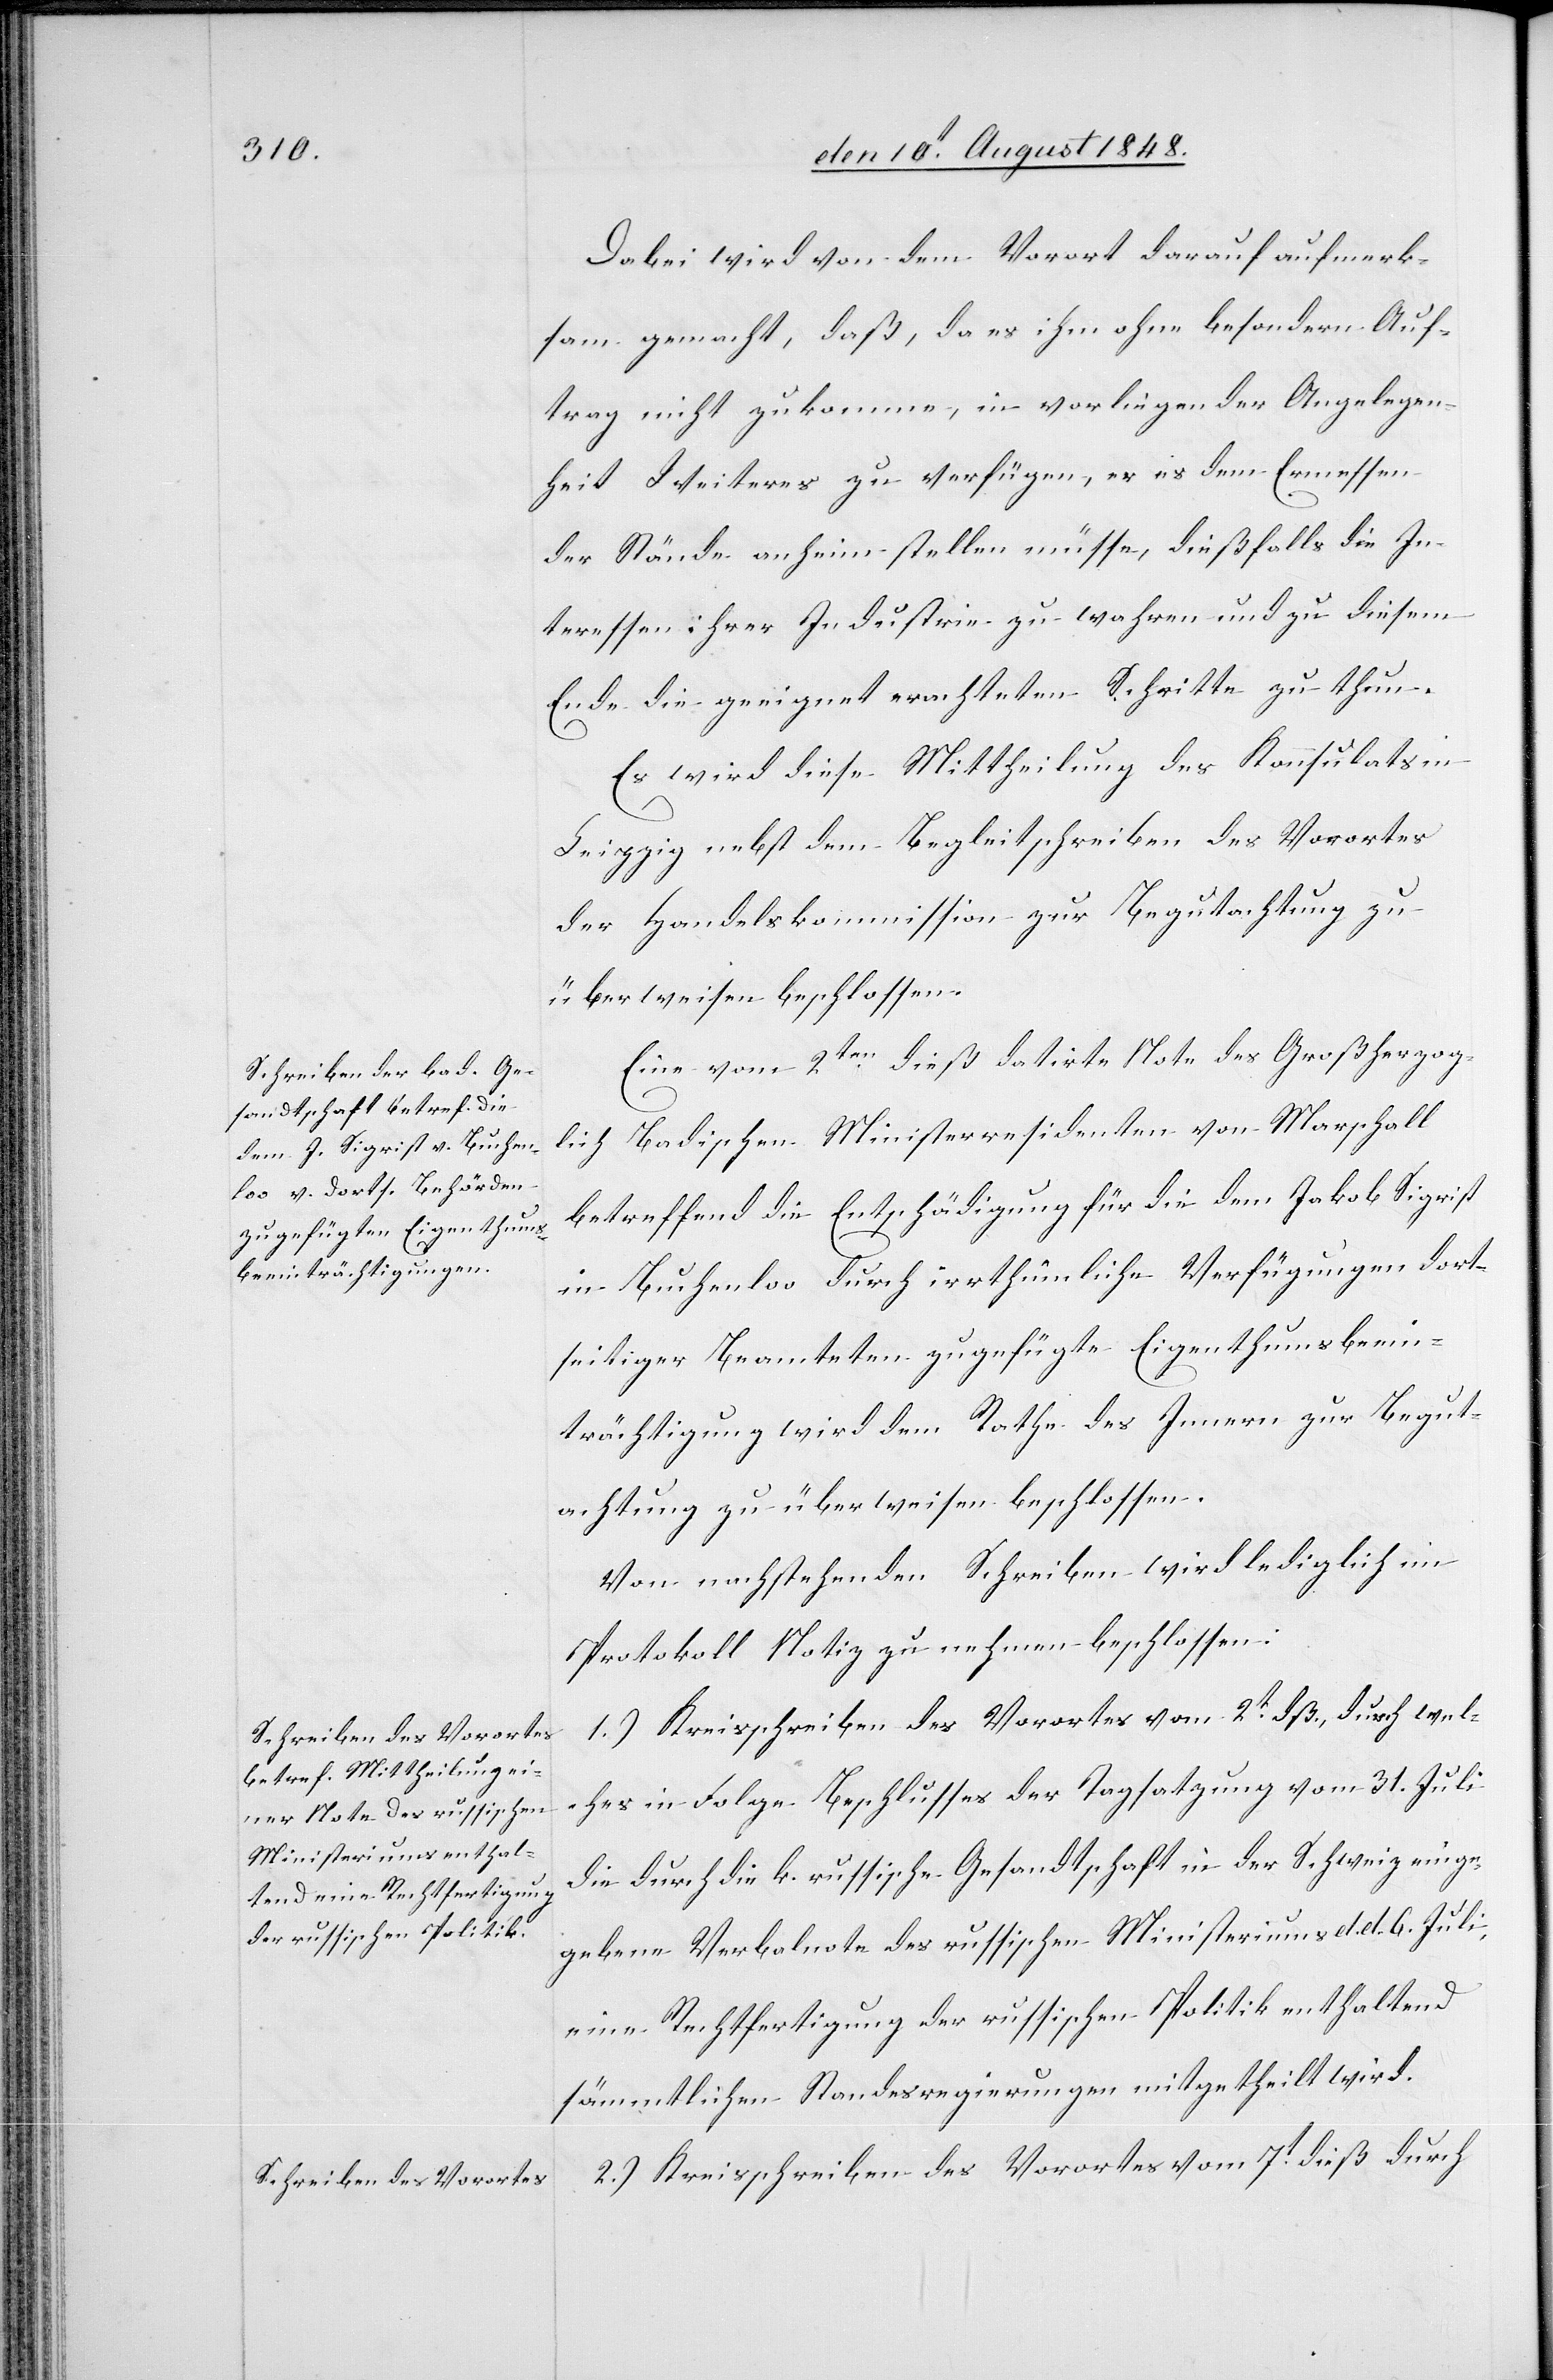
Dabei wird von dem Vorort darauf aufmerk¬
sam gemacht, daß, da es ihm ohne besondern Auf¬
trag nicht zukomme, in vorliegender Angelegen¬
heit Weiters zu verfügen, er es dem Ermessen
der Stände anheim stellen müsse, dießfalls die In¬
teressen ihrer Industrie zu wahren und zu diesem
Ende die geeignet erachteten Schritte zu thun.
Es wird diese Mittheilung des Konsulats in
Leipzig nebst den Begleitschreiben des Vorortes
der Handelskommission zur Begutachtung zu
überweisen beschlossen.
Eine vom 2ten dieß datirte Note des Großherzog¬
lich Badischen Ministerresidenten von Marschall
betreffend die Entschädigung für die dem Jakob Sigrist
in Buchenloo durch irrthümliche Verfügungen dort¬
seitiger Beamteten zugefügte Eigenthumsbeein¬
trächtigung wird dem Rathe des Innern zur Begut¬
achtung zu überweisen beschlossen.
Von nachstehenden Schreiben wird lediglich im
Protokoll Notiz zu nehmen beschlossen:
1.) Kreisschreiben des Vorortes vom 2t dß, durch wel¬
ches in Folge Beschlusses der Tagsatzung vom 31 Juli
die durch die k. russische Gesandtschaft in der Schweiz einge¬
gebene Verbalnote des russischen Ministeriums d. d. 6. Juli,
eine Rechtfertigung der russischen Politik enthaltend
sämmtlichen Standesregierungen mitgetheilt wird.
2.) Kreisschreiben des Vorortes vom 7t dieß durch